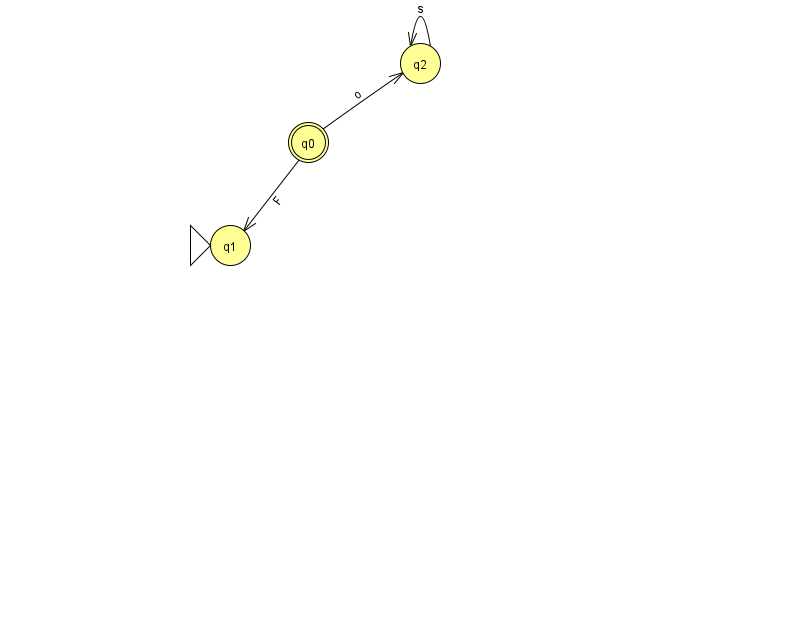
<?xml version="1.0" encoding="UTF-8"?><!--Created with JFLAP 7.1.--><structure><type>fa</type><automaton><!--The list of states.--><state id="0" name="q0"><x>308.0</x><y>129.0</y><final/></state><state id="1" name="q1"><x>230.0</x><y>232.0</y><initial/></state><state id="2" name="q2"><x>420.0</x><y>50.0</y></state><!--The list of transitions.--><transition><from>2</from><to>2</to><read>s</read></transition><transition><from>0</from><to>1</to><read>F</read></transition><transition><from>0</from><to>2</to><read>o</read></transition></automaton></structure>